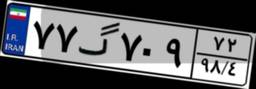
۷۷گ۷۰۹۷۲